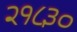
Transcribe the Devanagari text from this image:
२१८३०